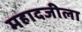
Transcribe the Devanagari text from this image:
महादजीला